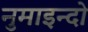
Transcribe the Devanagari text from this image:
नुमाइन्दो